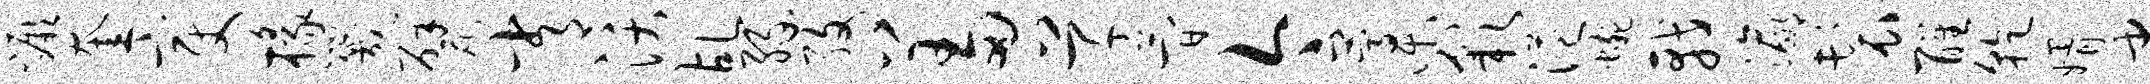
蹶奎变椽咒甓常沃乩缘孜羞草简今藁彩港蜿戟瀛鬟醒干婿建